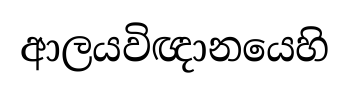
ආලයවිඥානයෙහි